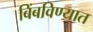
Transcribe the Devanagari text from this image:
बिंबविण्यात